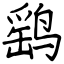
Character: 鹞